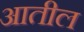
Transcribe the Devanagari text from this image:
अातील